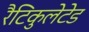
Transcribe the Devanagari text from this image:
रैटिकुलेटेड